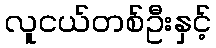
လူငယ်တစ်ဦးနှင့်